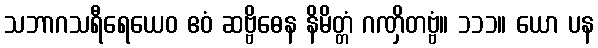
သဘာဂသရီရေယေဝ ဧဝံ ဆဗ္ဗိဓေန နိမိတ္တံ ဂဏှိတဗ္ဗံ။ ၁၁၁။ ယော ပန